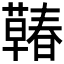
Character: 𰲍